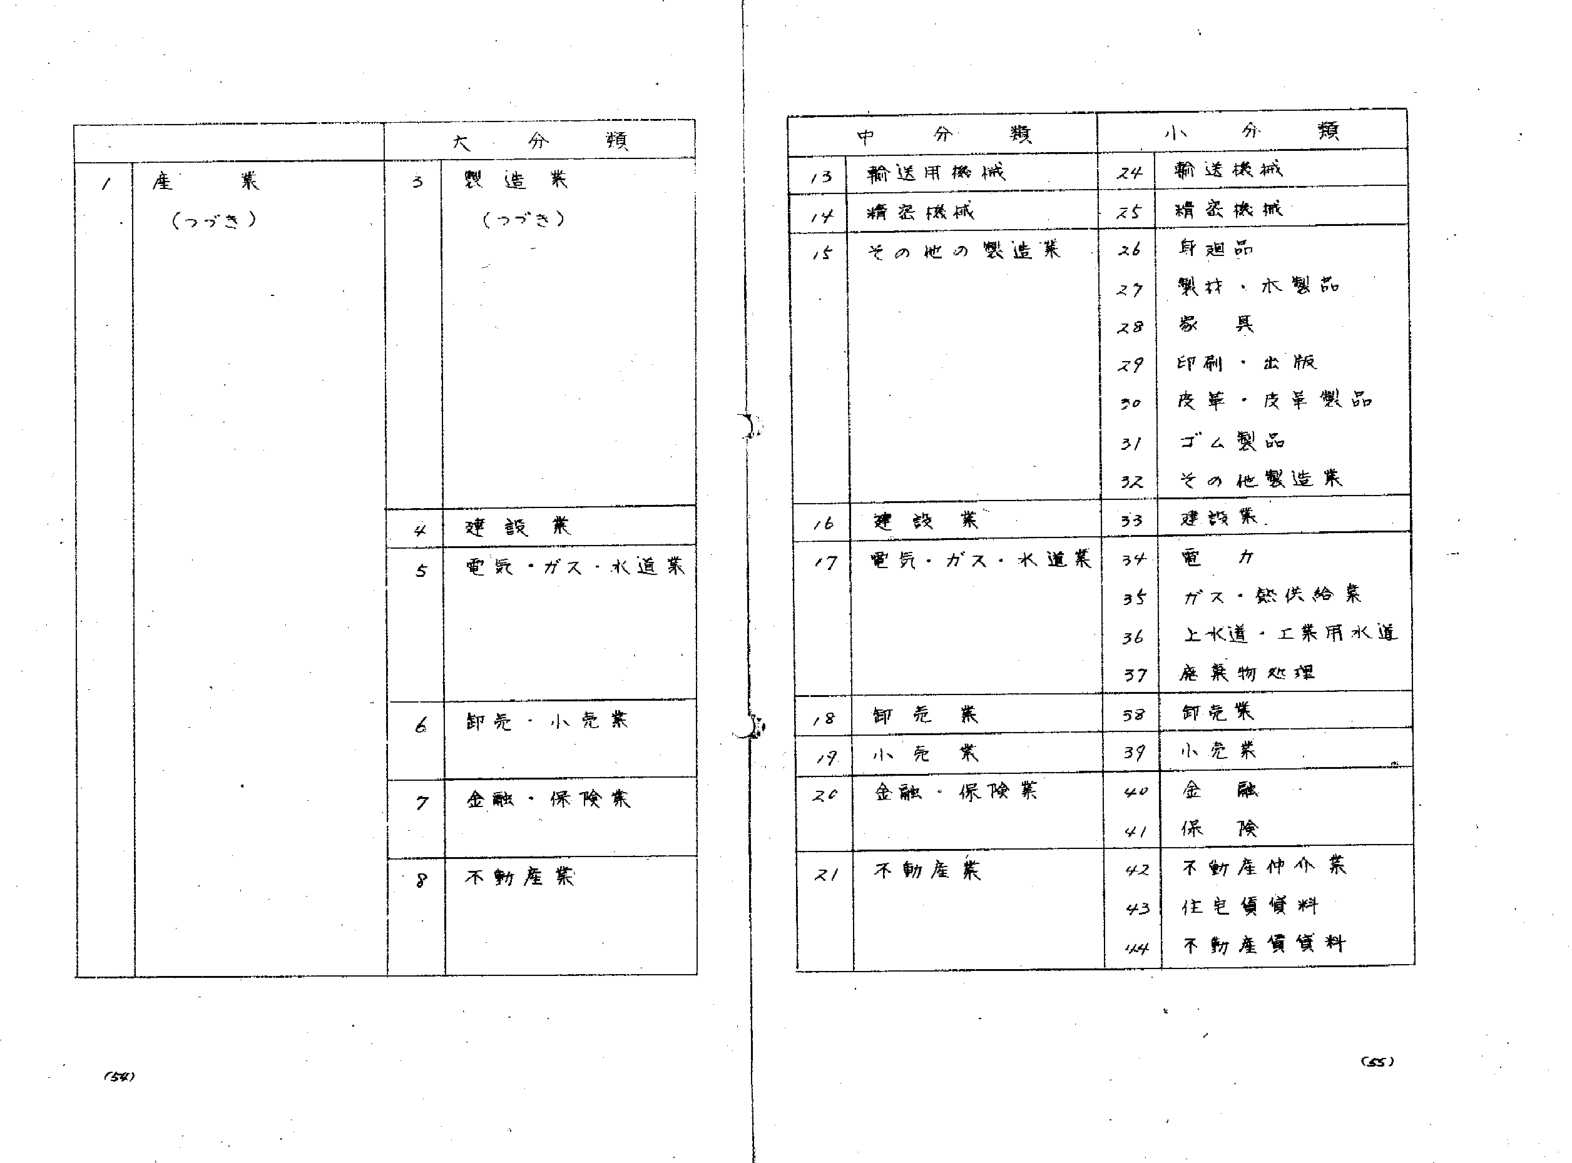
大分類
1 産業
（つづき）
3 製造業
（つづき）
4 建設業
5 電気・ガス・水道業
6 卸売・小売業
7 金融・保険業
8 不動産業

中分類
13 輸送用機械
14 精密機械
15 その他の製造業
16 建設業
17 電気・ガス・水道業
18 卸売業
19 小売業
20 金融・保険業
21 不動産業

小分類
24 輸送機械
25 精密機械
26 食用品
27 製材・木製品
28 家具
29 印刷・出版
30 皮革・皮革製品
31 ゴム製品
32 その他製造業
33 建設業
34 電力
35 ガス・熱供給業
36 上水道・工業用水道
37 廃棄物処理
38 卸売業
39 小売業
40 金融
41 保険
42 不動産仲介業
43 住宅賃貸料
44 不動産賃貸料

(54)
(55)